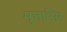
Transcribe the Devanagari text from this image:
मुत्तासिर